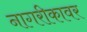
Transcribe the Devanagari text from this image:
नागरीकावर